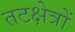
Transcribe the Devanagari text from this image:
तटक्षेत्रों